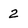
Character: 2